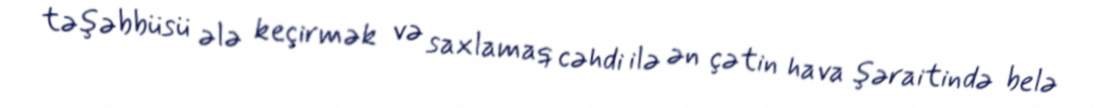
təşəbbüsü ələ keçirmək və saxlamaq cəhdi ilə ən çətin hava şəraitində belə